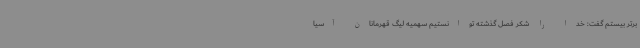
برتر بیستم گفت: خدا را شکر فصل گذشته توانستیم سهمیه لیگ قهرمانان آسیا